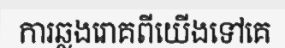
ការឆ្លងរោគពីយើងទៅគេ